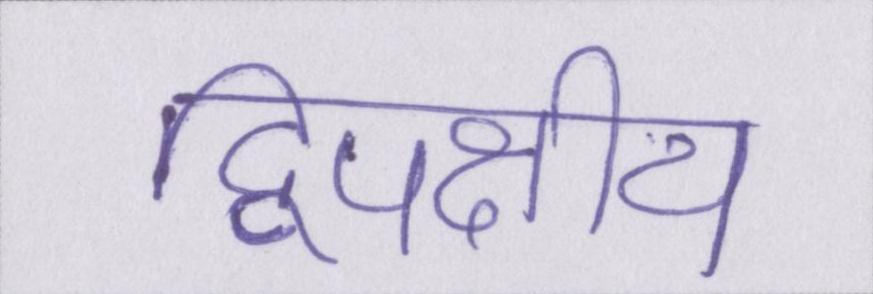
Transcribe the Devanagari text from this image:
द्विपक्षीय